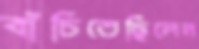
বাঁচিতেছিলেন